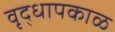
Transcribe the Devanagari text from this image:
वृद्धापकाळ